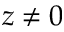
z \neq 0